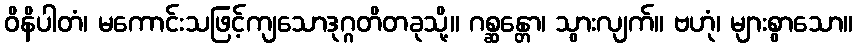
ဝိနိပါတံ၊ မကောင်းသဖြင့်ကျသောဒုဂ္ဂတိတခုသို့။ ဂစ္ဆန္တော၊ သွားလျက်။ ဗဟုံ၊ များစွာသော။